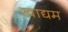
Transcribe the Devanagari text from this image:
खाद्यम